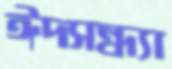
ঈদসন্ধ্যা